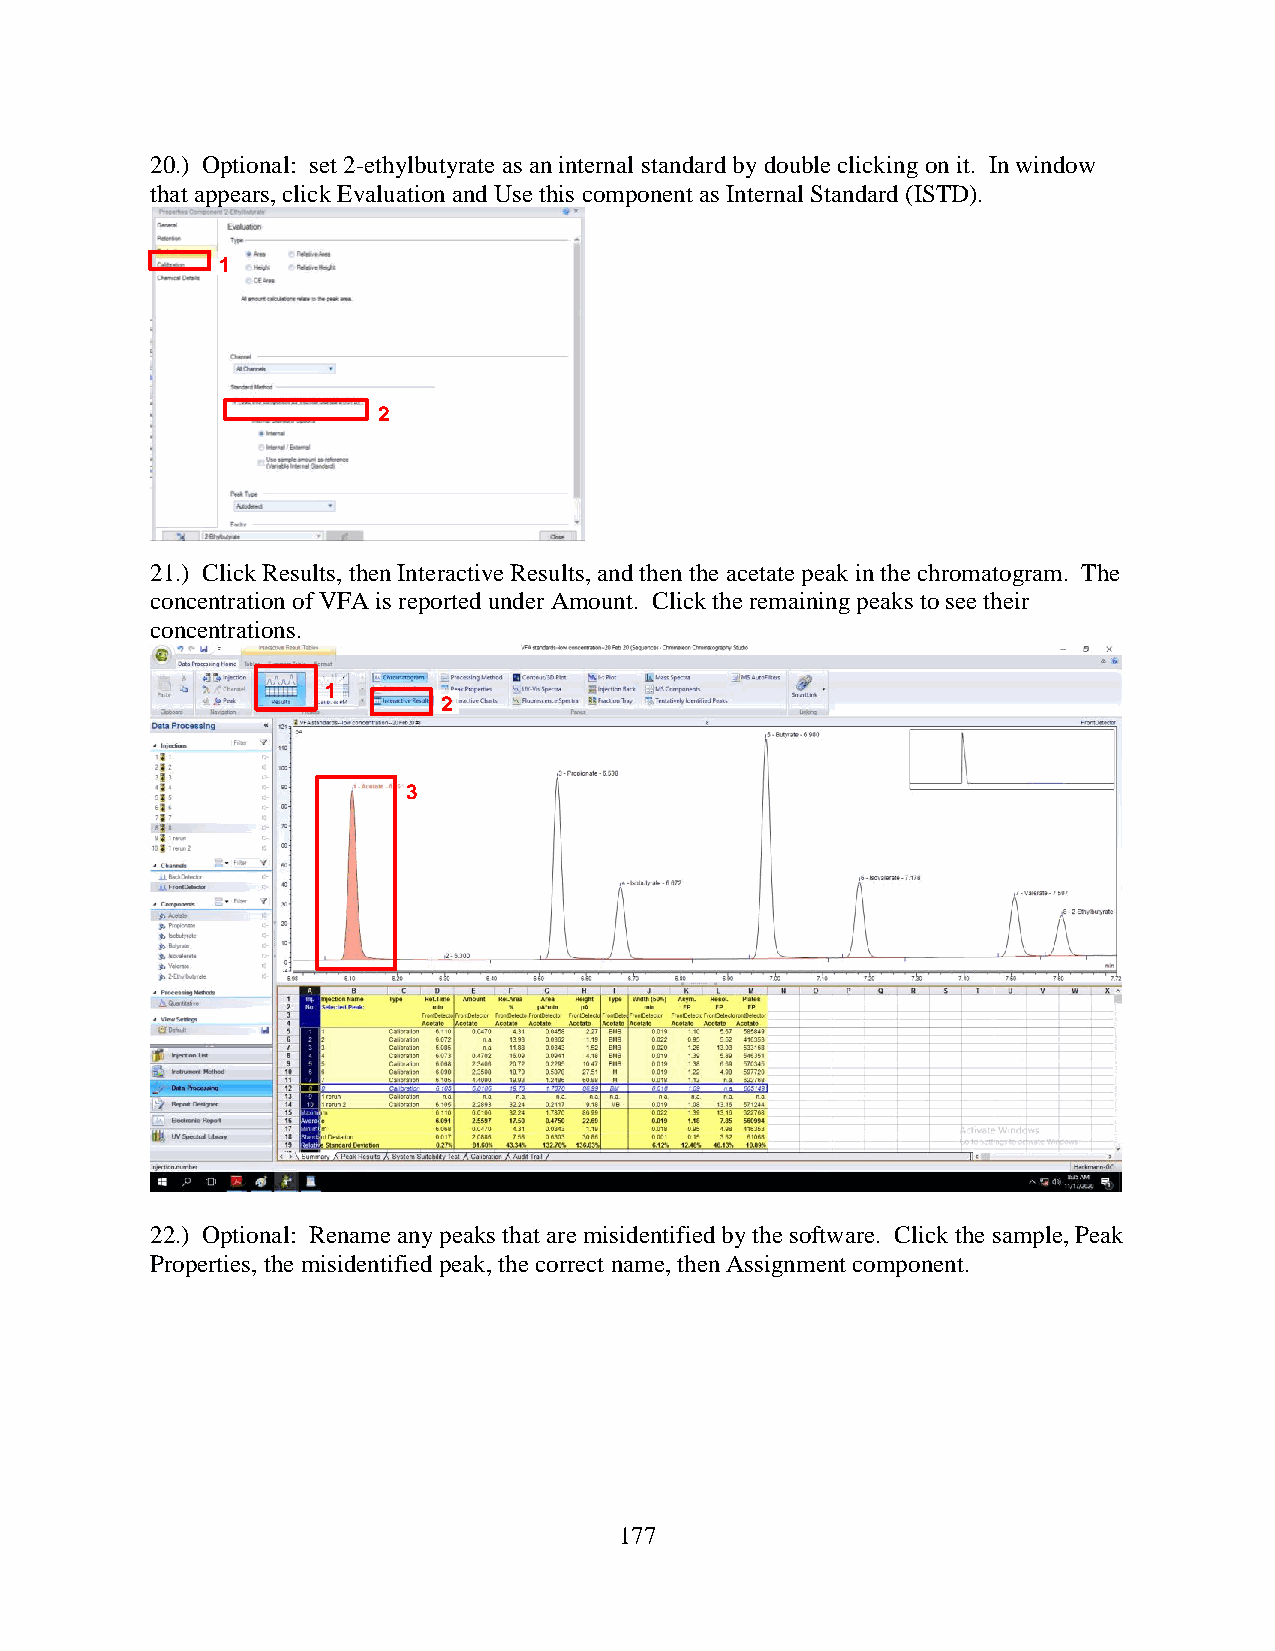
20.) Optional: set 2-ethylbutyrate as an internal standard by double clicking on it. In window
 that appears, click Evaluation and Use this component as Internal Standard (ISTD).
 1
 2
 21.) Click Results, then Interactive Results, and then the acetate peak in the chromatogram. The
 concentration of VFA is reported under Amount. Click the remaining peaks to see their
 concentrations.
 1
 2
 3
 22.) Optional: Rename any peaks that are misidentified by the software. Click the sample, Peak
 Properties, the misidentified peak, the correct name, then Assignment component.
 177